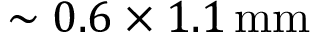
\sim 0 . 6 \times 1 . 1 \, \mathrm { m m }